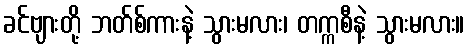
ခင်ဗျားတို့ ဘတ်စ်ကားနဲ့ သွားမလား၊ တက္ကစီနဲ့ သွားမလား။